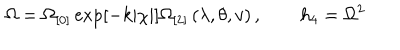
\Omega = \Omega _ { \lbrack 0 ] } \exp [ - k | \chi | ] \Omega _ { \lbrack 2 ] } \left( \lambda , \theta , v \right) , \qquad h _ { 4 } = \Omega ^ { 2 }